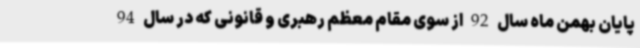
پایان بهمن ماه سال 92 از سوی مقام معظم رهبری و قانونی که در سال 94